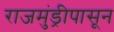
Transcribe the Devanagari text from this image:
राजमुंड्रीपासून